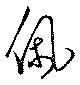
佩